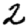
Digit: 2